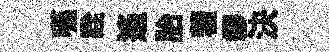
嚥詮遥胎藿繆決